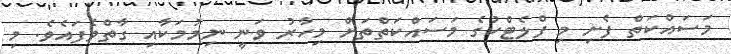
މަސައްކަތް ފެށި މި ފްލެޓްކުގެ މަސައްކަތްތަށް މިހާރު ވަނީ ނިމުމަކާއި ގާތްވެފައެވެ. މި